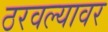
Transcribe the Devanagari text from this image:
ठरवल्यावर